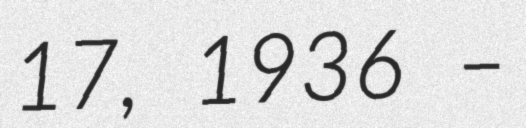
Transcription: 17, 1936 –